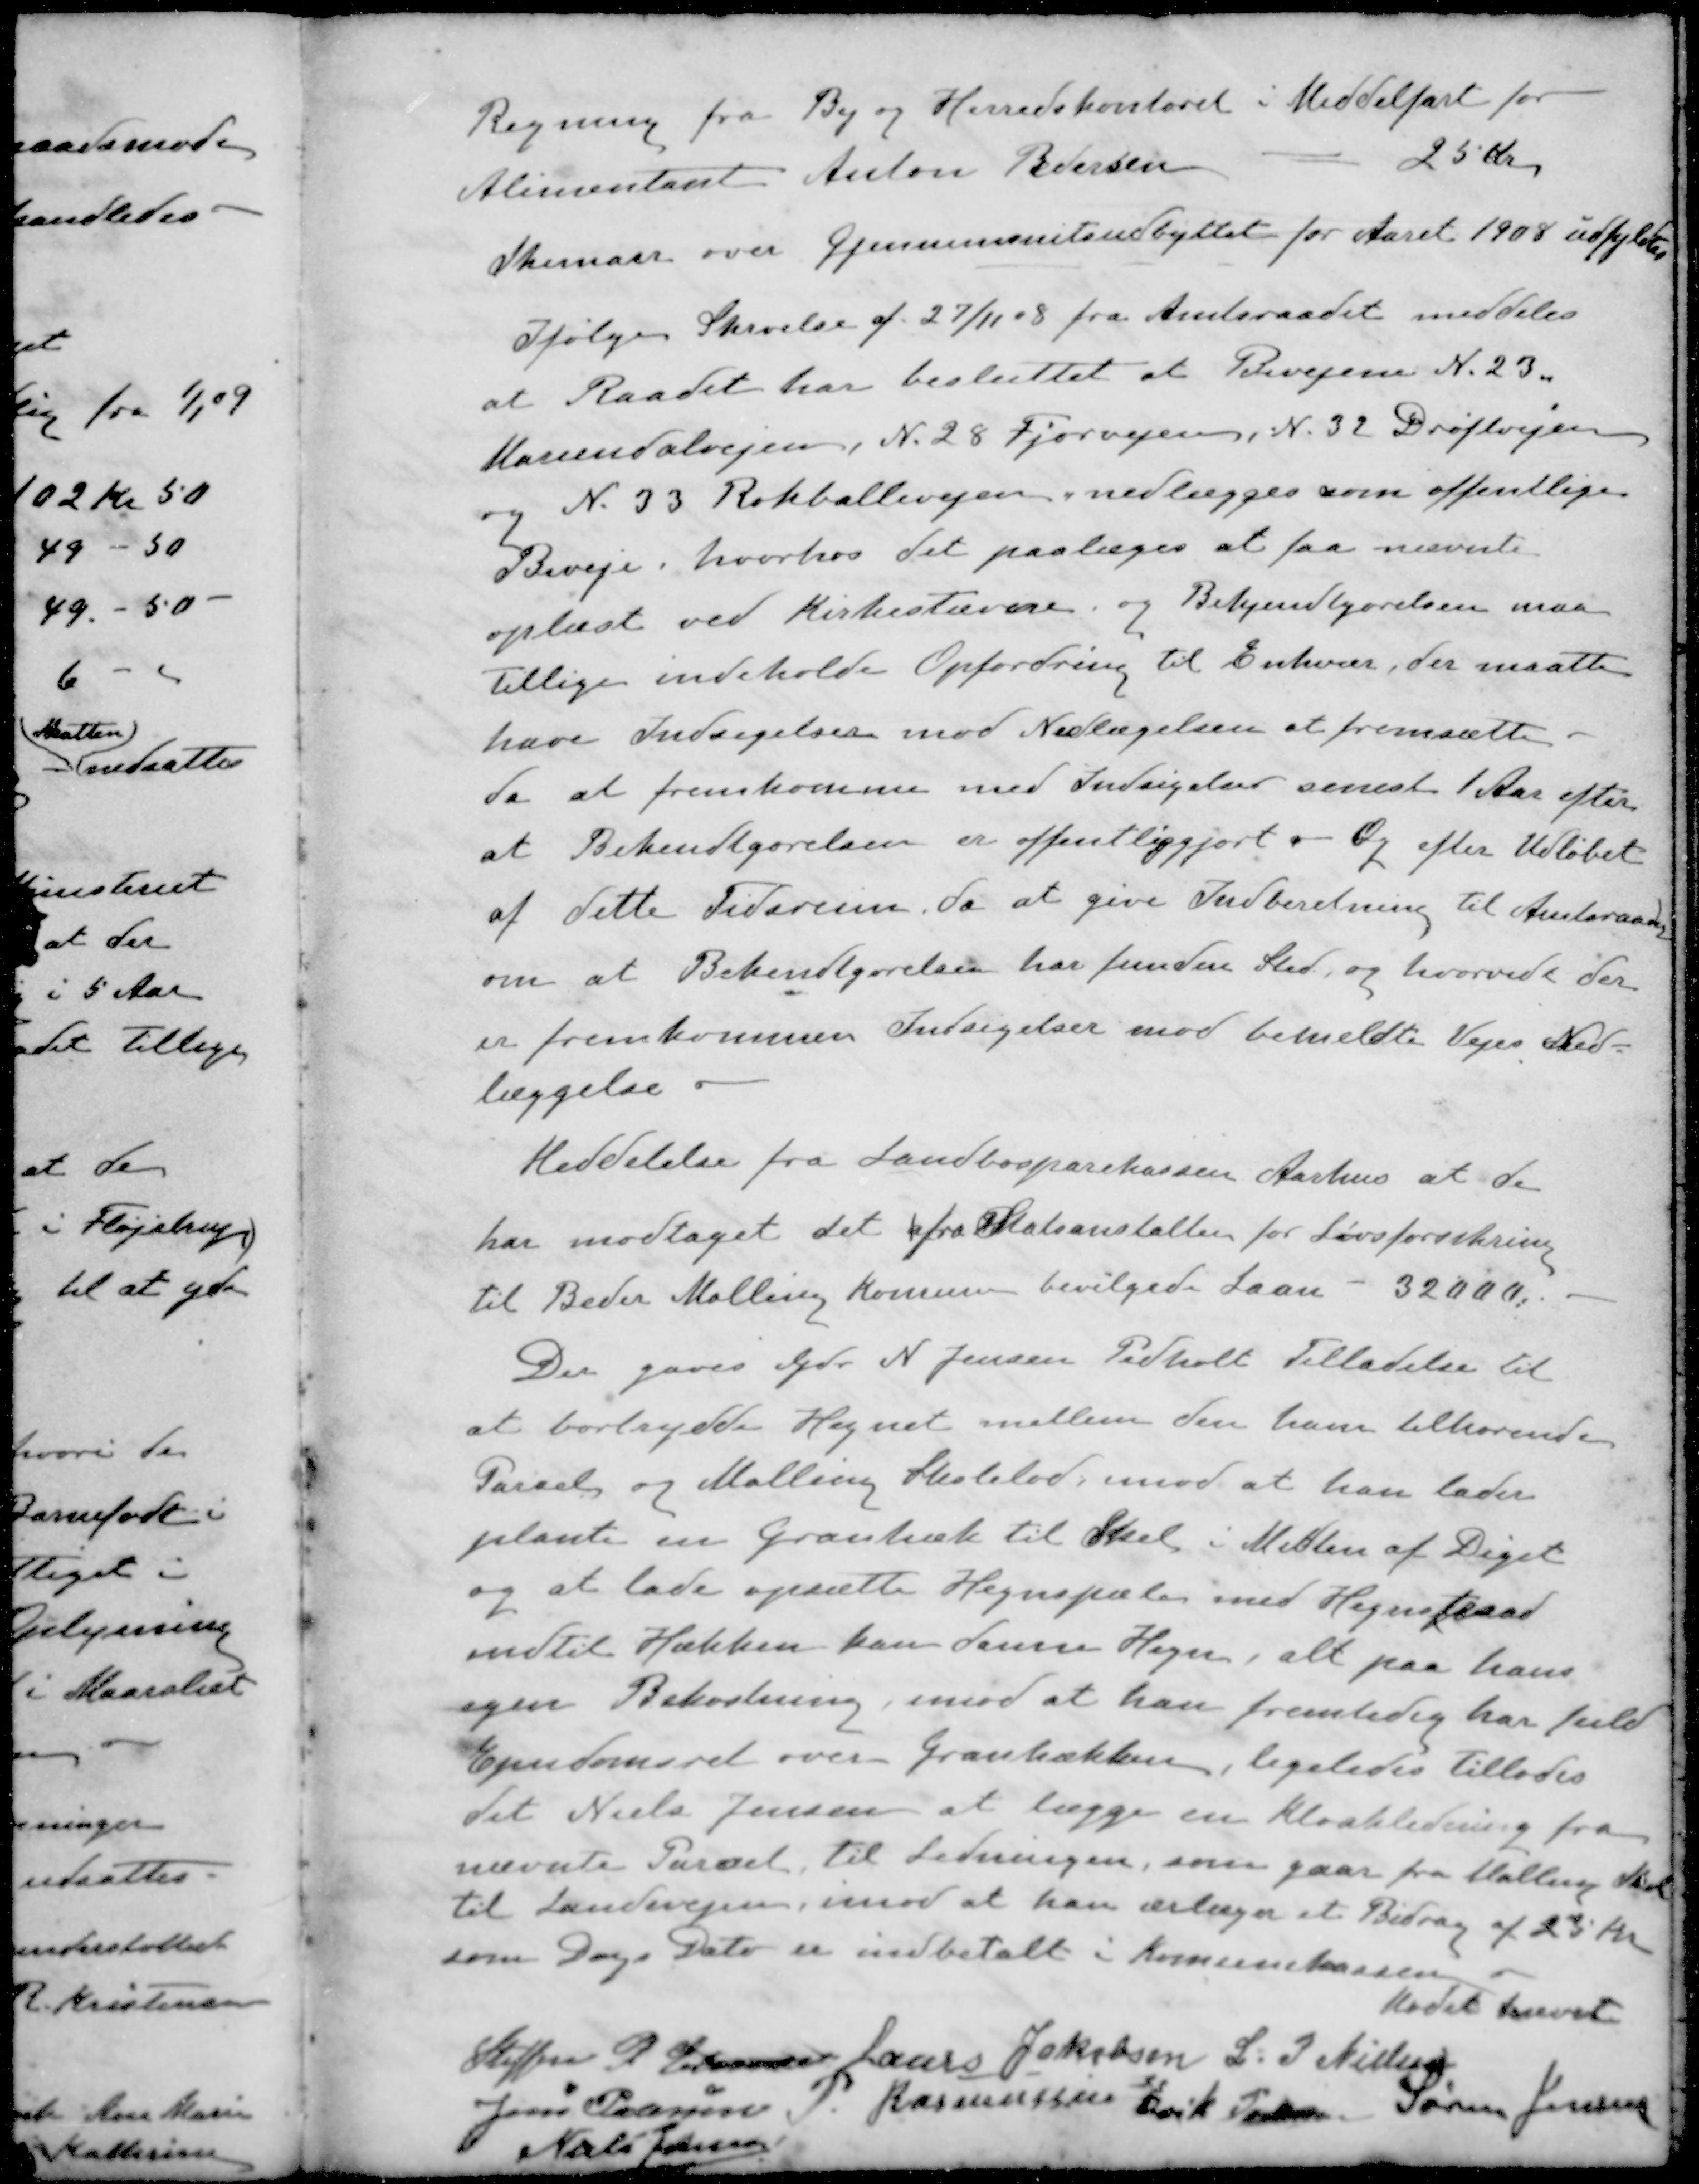
Transskription:
Regning fra By og Herredskontoret i Middelfart for
Alimentant Anton Pedersen
25 Kr
Skemaer over Gjennemsnitsudbyttet for Aaret 1908 udfyldtes
Ifølge Skrivelse af 27/11 08 fra Amtsraadet meddeles
at Raadet har besluttet at Bivejene N. 23.
Mariendalvejen, N. 28 Fjorvejen, N. 32 Drøftvejen
og N. 33 Rokballevejen, nedlægges som offentlige
Biveje, hvorhos det paalæges at faa nævnte
oplæst ved Kirkestævne, og Bekjendtgørelsen maa
tillige indeholde Opfordring til Enhver, der maatte
have Indsigelser mod Nedlægelsen at fremsætte
da at fremkomme med Indsigelser senest 1 Aar efter
at Bekendtgørelsen er offentliggjort - Og efter Udløbet
af dette Tidsrum, da at give Indberetning til Amtsraadet
om at Bekendtgørelsen har funden Sted, og hvorvidt der
er fremkommen Indsigelser mod bemeldte Vejes Ned-
læggelse
Meddelelse fra Landbosparekassen Aarhus at de
har modtaget det fra Statsanstalten for Livsforsikring
til Beder Malling Komune bevilgede Laan - 3200 Kr.
Der gaves Gdr. N. Jensen Pedholt Tilladelse til
at bortrydde Hegnet mellem den ham tilhørende
Parcel og Malling Skolelod, imod at han lader
plante en Granhæk til Skel i Midten af Diget
og at lade opsætte Hegnspæle med Hegnstraad
indtil Hækken kan danne Hegn, alt paa hans
egen Bekostning, imod at han fremtidig har fuld
Ejendomsret over Granhækken, ligeledes tillades
det Niels Jensen at lægge en Kloakledning fra
nævnte Parcel til Ledningen, som gaar fra Malling ned
til Landevejen, imod at han ærlæger et Bidrag af 25 Kr
som Dags Dato er indbetalt i Komunekassen
Mødet hævet
Steffen P Elmose
Laurs Jakobsen
L P Nielsen
Jens Pedersen
P. Rasmussen
Erik Pedersen
Søren Jensen
Niels Jensen